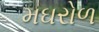
મઘરોળ